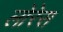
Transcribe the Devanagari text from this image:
लोरेस